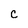
Character: c